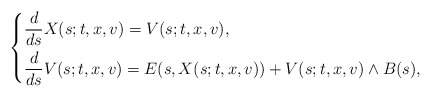
\begin{align*}\left\{\begin{aligned}& \frac{d}{ds}X(s;t,x,v)=V(s;t,x,v),\\& \frac{d}{ds}V(s;t,x,v)=E(s,X(s;t,x,v))+V(s;t,x,v) \wedge B(s),\end{aligned}\right.\end{align*}